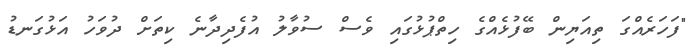
"ފަހަރެއްގަ ތިއަޔިން ބޭފުޅެއްގެ ހިތްޕުޅުގައި ވެސް ސުވާލު އުފެދިދާނެ ކިތަށް ދުވަހު އަޅުގަނޑު